Annual administration report of the Civil Veterinary Department of India - 1896-1897
Year: 1896
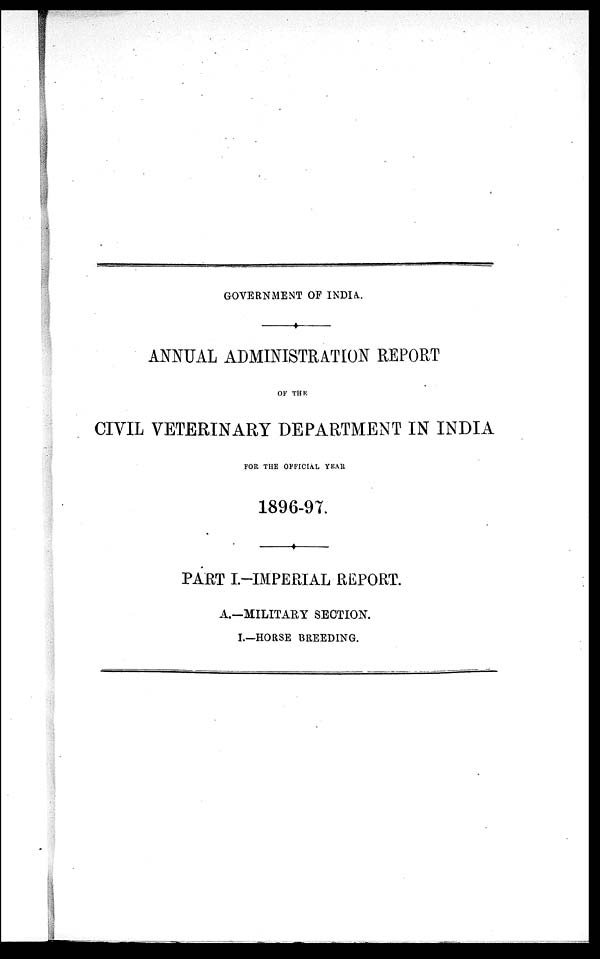
GOVERNMENT OF INDIA.
ANNUAL ADMINISTRATION REPORT
OF THE
CIVIL VETERINARY DEPARTMENT IN INDIA
FOR THE OFFICIAL YEAR
1896-97.
PART I.-IMPERIAL REPORT.
A.—MILITARY SECTION.
I.—HORSE BREEDING.